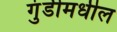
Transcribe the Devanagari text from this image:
गुंडीमधील